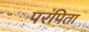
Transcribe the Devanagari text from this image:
परंपिता